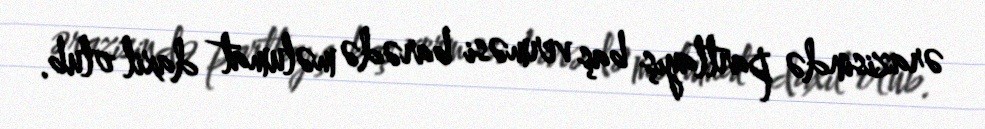
ərazisində partlayış baş verməsi barədə məlumat daxil olub.